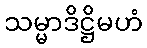
သမ္မာဒိဋ္ဌိမဟံ